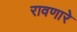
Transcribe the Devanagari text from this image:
रावणारे